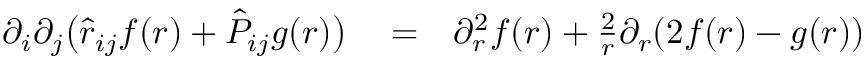
\begin{array} { r l r } { \partial _ { i } \partial _ { j } \bigl ( \hat { r } _ { i j } f ( r ) + \hat { P } _ { i j } g ( r ) \bigl ) } & { { } = } & { \partial _ { r } ^ { 2 } f ( r ) + \frac { 2 } { r } \partial _ { r } ( 2 f ( r ) - g ( r ) ) } \end{array}